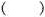
()